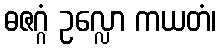
ဓဇဂ္ဂံ ဥလ္လော ကယတံ၊